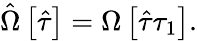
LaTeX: \hat{\Omega}\left[\hat{\tau}\right]=\Omega\left[\hat{\tau}\tau_{1}\right].